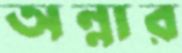
অন্নার